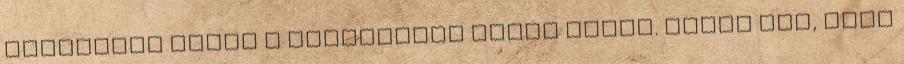
öltözékem ebben a helyzetben sokat mutat. Tudom jól, hogy